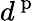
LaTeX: d^{\mathrm{~p~}}